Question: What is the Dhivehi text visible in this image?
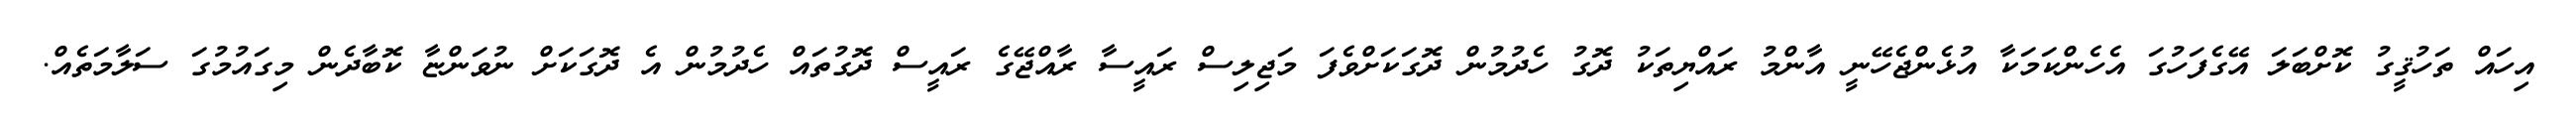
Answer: އިހައް ތަހުޤީގު ކޮށްބަލަ އޭގެފަހުގަ އެހެންކަމަކާ އުޅެންޖެހޭނީ އާންމު ރައްޔިތަކު ދޮގު ހެދުމުން ދޮގަކަށްވެފަ މަޖިލިސް ރައީސާ ރާއްޖޭގެ ރައީސް ދޮގުތައް ހެދުމުން އެ ދޮގަކަށް ނުވަންޏާ ކޮބާދެން މިގައުމުގަ ސަލާމަތެއް.